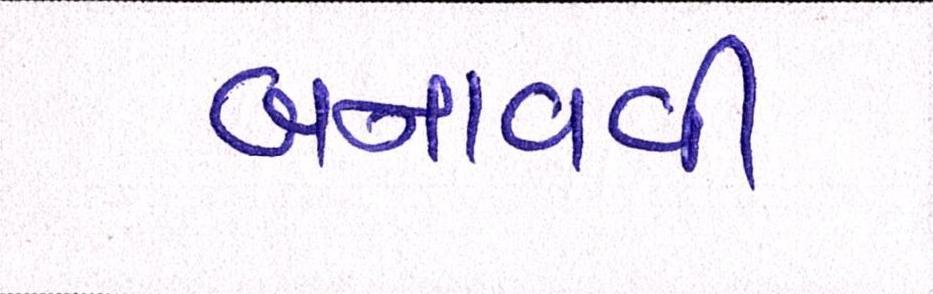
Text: બનાવવી